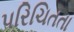
પરિચિતતા